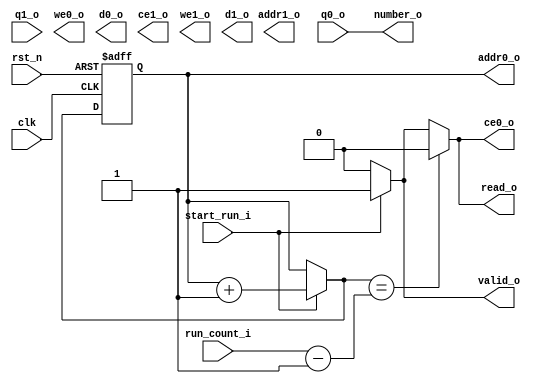
module input_controller #(
    // parameter
    parameter CNT_WIDTH = 12, // addr = 12bit
    parameter DATA_WIDTH = 32, // input data is 32bit number
    parameter CNT_BIT = 31
    )
    (

    // special input
    input clk,
    input rst_n,
    
    // BRAM input
    input [DATA_WIDTH - 1 : 0] q0_o,
    input [DATA_WIDTH - 1 : 0] q1_o,  // port1 is unused

    // Top module input
    input start_run_i,
    input [CNT_BIT - 1 : 0] run_count_i,

    // Top module output
    output reg read_o,
    
    // output to Core controller
    output [DATA_WIDTH - 1 : 0] number_o,
    output reg valid_o,

    // BRAM output
    output [CNT_WIDTH - 1 : 0] addr0_o,
    output ce0_o,
    output we0_o,
    output [DATA_WIDTH - 1 : 0] d0_o, // output port is unused

    /* input for port 1 */
    // port1 is unused
    output [CNT_WIDTH - 1 : 0] addr1_o,
    output ce1_o,
    output we1_o,
    output [DATA_WIDTH - 1 : 0] d1_o
    );

    
    
    // Local param
    
    // declare reg type variable(cnt -> flipflop, cnt_n -> comb)
    reg [CNT_WIDTH - 1 : 0] cnt, cnt_n;

    // 1. counter seq logic
    always @(posedge clk, negedge rst_n) begin
        if (!rst_n) begin
            cnt <= {(CNT_WIDTH){1'b0}};
        end else begin
            cnt <= cnt_n;
        end
    end
    
    // 2. counter comb logic
    always @(*) begin
        cnt_n = cnt;    // prevent latch
        read_o = 0;
        valid_o = 0;
        if (start_run_i) begin
          cnt_n = cnt + 'd1;
          read_o = 1;
          valid_o = 1;
        end
        if (cnt_n == run_count_i - 1) begin
          read_o = 0;
        end
        /*end else if (done_i) begin
            cnt = {(CNT_WIDTH){1'b0}};
        end*/
    end
    
    // 3. output assign statement
    assign addr0_o = cnt;
    assign number_o = q0_o;
    assign ce0_o = read_o;
    
endmodule